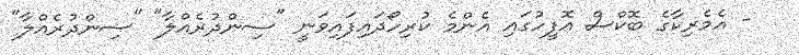
- އެމެރިކާގެ ބޮކްސް އޮފީހުގައި އެންމެ ކުރިހޯދައިފައިވަނީ "ސިންދުރެއްލާ" "ސިންދުރެއްލާ"